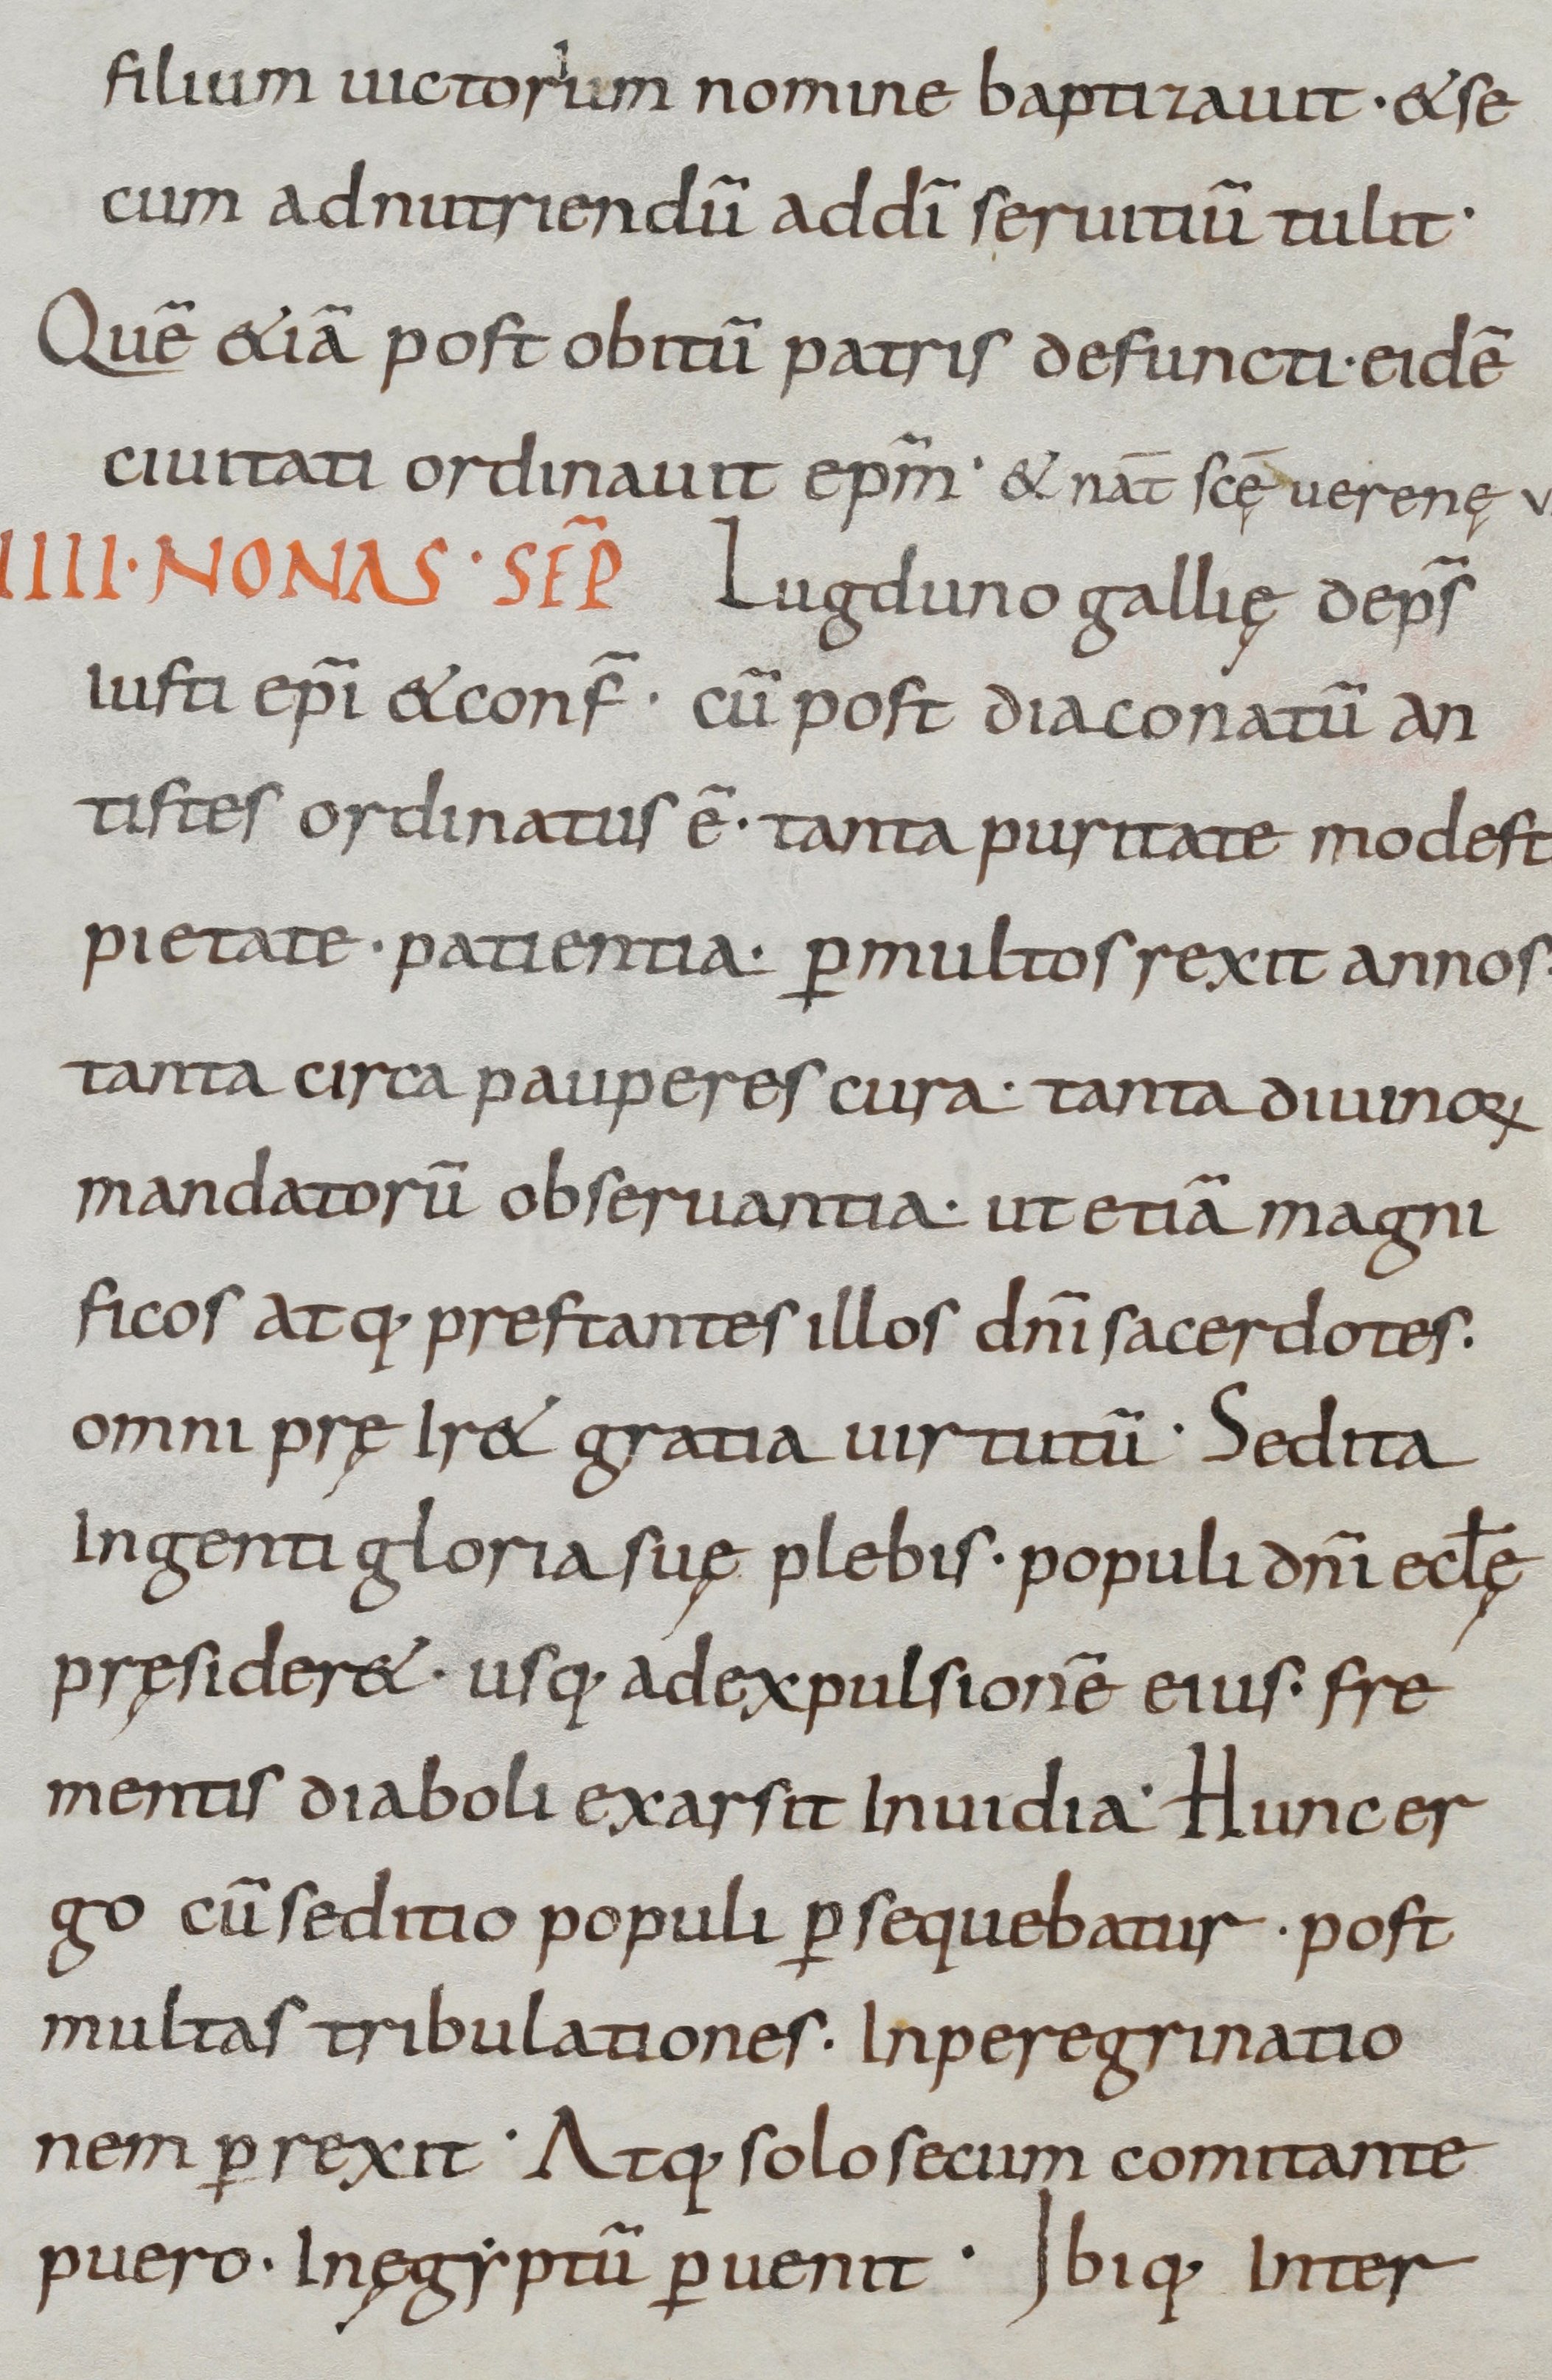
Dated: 800–899